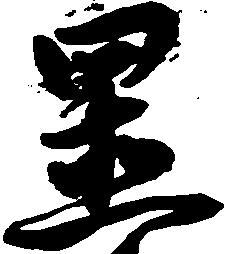
置